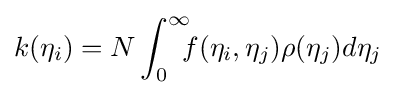
k(\eta _{i})=N\int _{0}^{\infty }\!\!\!f(\eta _{i},\eta _{j})\rho (\eta _{j})d\eta _{j}